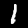
Label: 1